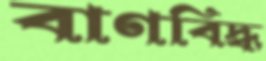
বাণবিদ্ধ